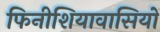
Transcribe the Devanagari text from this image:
फिनीशियावासियों